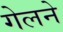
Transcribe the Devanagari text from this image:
गेलने